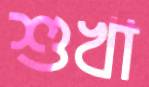
শুখা